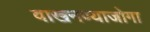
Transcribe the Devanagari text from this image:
वाखनण्याजोगा